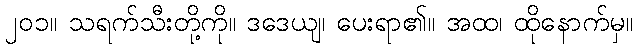
၂၀၁။ သရက်သီးတို့ကို။ ဒဒေယျ၊ ပေးရာ၏။ အထ၊ ထိုနောက်မှ။